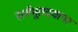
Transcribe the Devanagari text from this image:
सर्वभूतदयापर